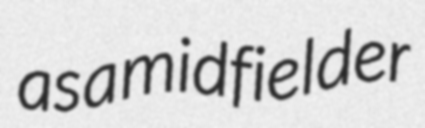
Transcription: as a midfielder